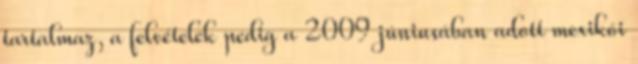
tartalmaz, a felvételek pedig a 2009 júniusában adott mexikói